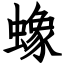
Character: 蟓